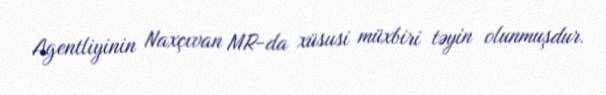
Agentliyinin Naxçıvan MR-da xüsusi müxbiri təyin olunmuşdur.